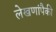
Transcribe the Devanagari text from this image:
लेखणांपैकी